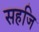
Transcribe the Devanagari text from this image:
सहजि